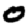
Digit: 0